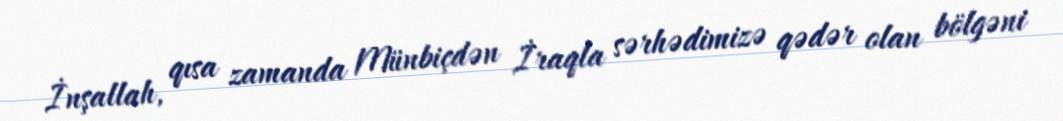
İnşallah, qısa zamanda Münbiçdən İraqla sərhədimizə qədər olan bölgəni